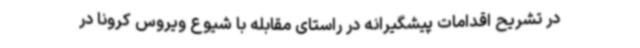
در تشریح اقدامات پیشگیرانه در راستای مقابله با شیوع ویروس کرونا در